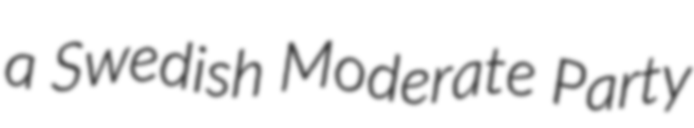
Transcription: a Swedish Moderate Party